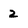
Character: 2